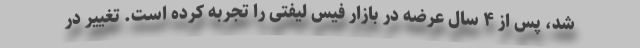
شد، پس از ۴ سال عرضه در بازار فیس لیفتی را تجربه کرده است. تغییر در